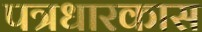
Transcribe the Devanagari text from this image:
पत्रधारकास